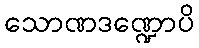
သောဏဒဏ္ဍောပိ